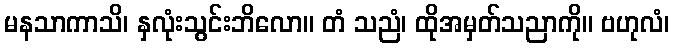
မနသာကာသိ၊ နှလုံးသွင်းဘိလော။ တံ သညံ၊ ထိုအမှတ်သညာကို။ ဗဟုလံ၊